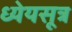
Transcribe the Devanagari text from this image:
ध्येयसूत्र